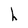
Character: h